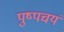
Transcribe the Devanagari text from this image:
पुष्पचयं